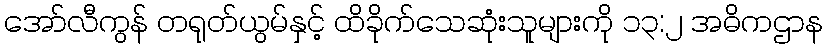
အော်လီကွန် တရုတ်ယွမ်နှင့် ထိခိုက်သေဆုံးသူများကို ၁၃:၂ အဓိကဌာန